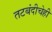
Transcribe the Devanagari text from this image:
तटबंदीचेही